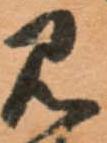
見